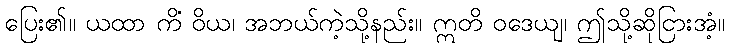
ပြေး၏။ ယထာ ကိံ ဝိယ၊ အဘယ်ကဲ့သို့နည်း။ ဣတိ ဝဒေယျ၊ ဤသို့ဆိုငြားအံ့။